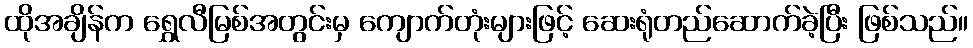
ထိုအချိန်က ရွှေလီမြစ်အတွင်းမှ ကျောက်တုံးများဖြင့် ဆေးရုံတည်ဆောက်ခဲ့ပြီး ဖြစ်သည်။